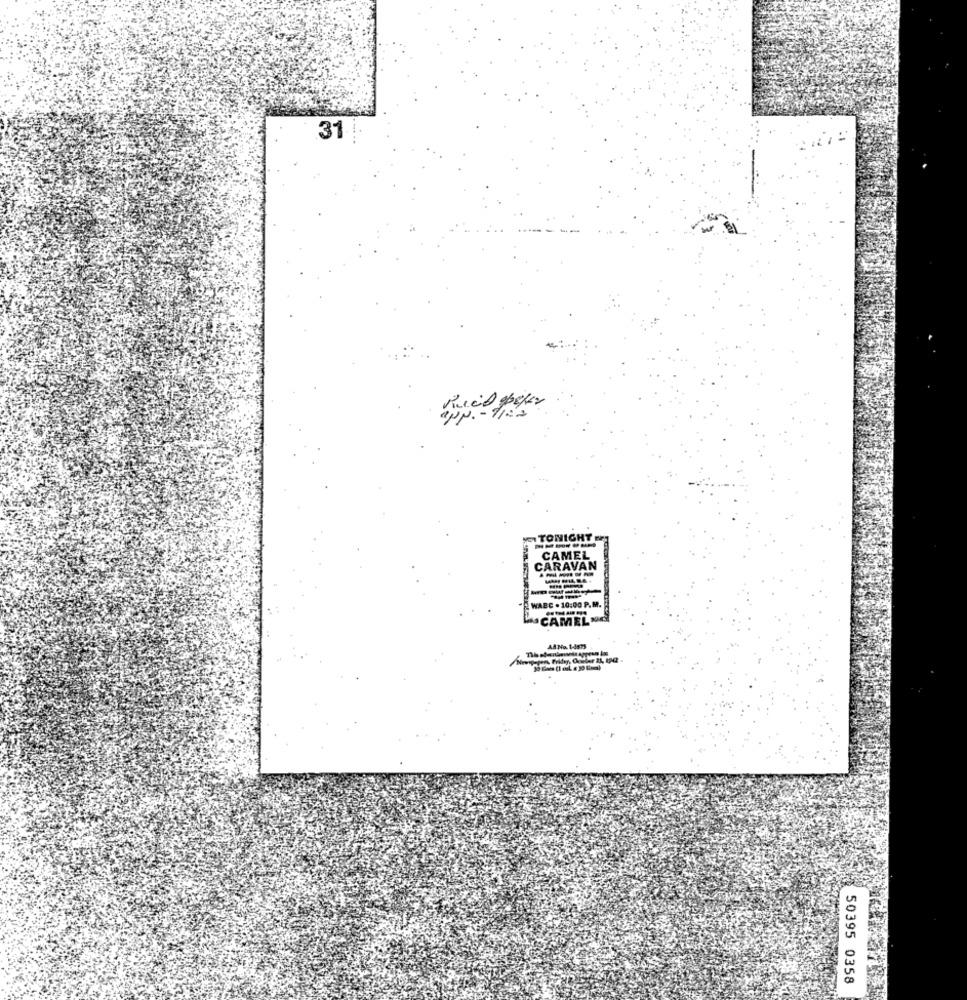
31 !
TONIGHT
------
CAMEL
CARAVAN
WABC . 10:00 P.M.
CAMELN
AA No. 1-487s
50395 0358